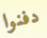
دفنوا